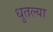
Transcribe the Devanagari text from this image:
धुतल्या